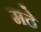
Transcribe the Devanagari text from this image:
मठे